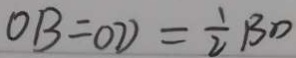
O B = O D = \frac { 1 } { 2 } B D